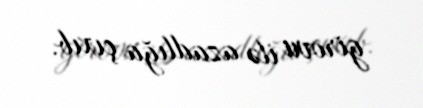
girovu ilə azadlığa çıxıb.